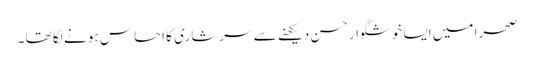
صحرا میں ایسا خوشگوار حسن دیکھنے سے سرشاری کا احساس ہو نے لگا تھا ۔